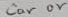
Text: Car or